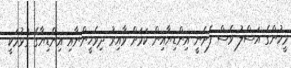
މީހުންގެ އަސްލު ވެސް ފެށެނީ އިންޑިޔާއިން ކަމަށް ވާއިރު ދިވެހީންނާއި އިންޑިޔާގެ ގުޅުމަކީ